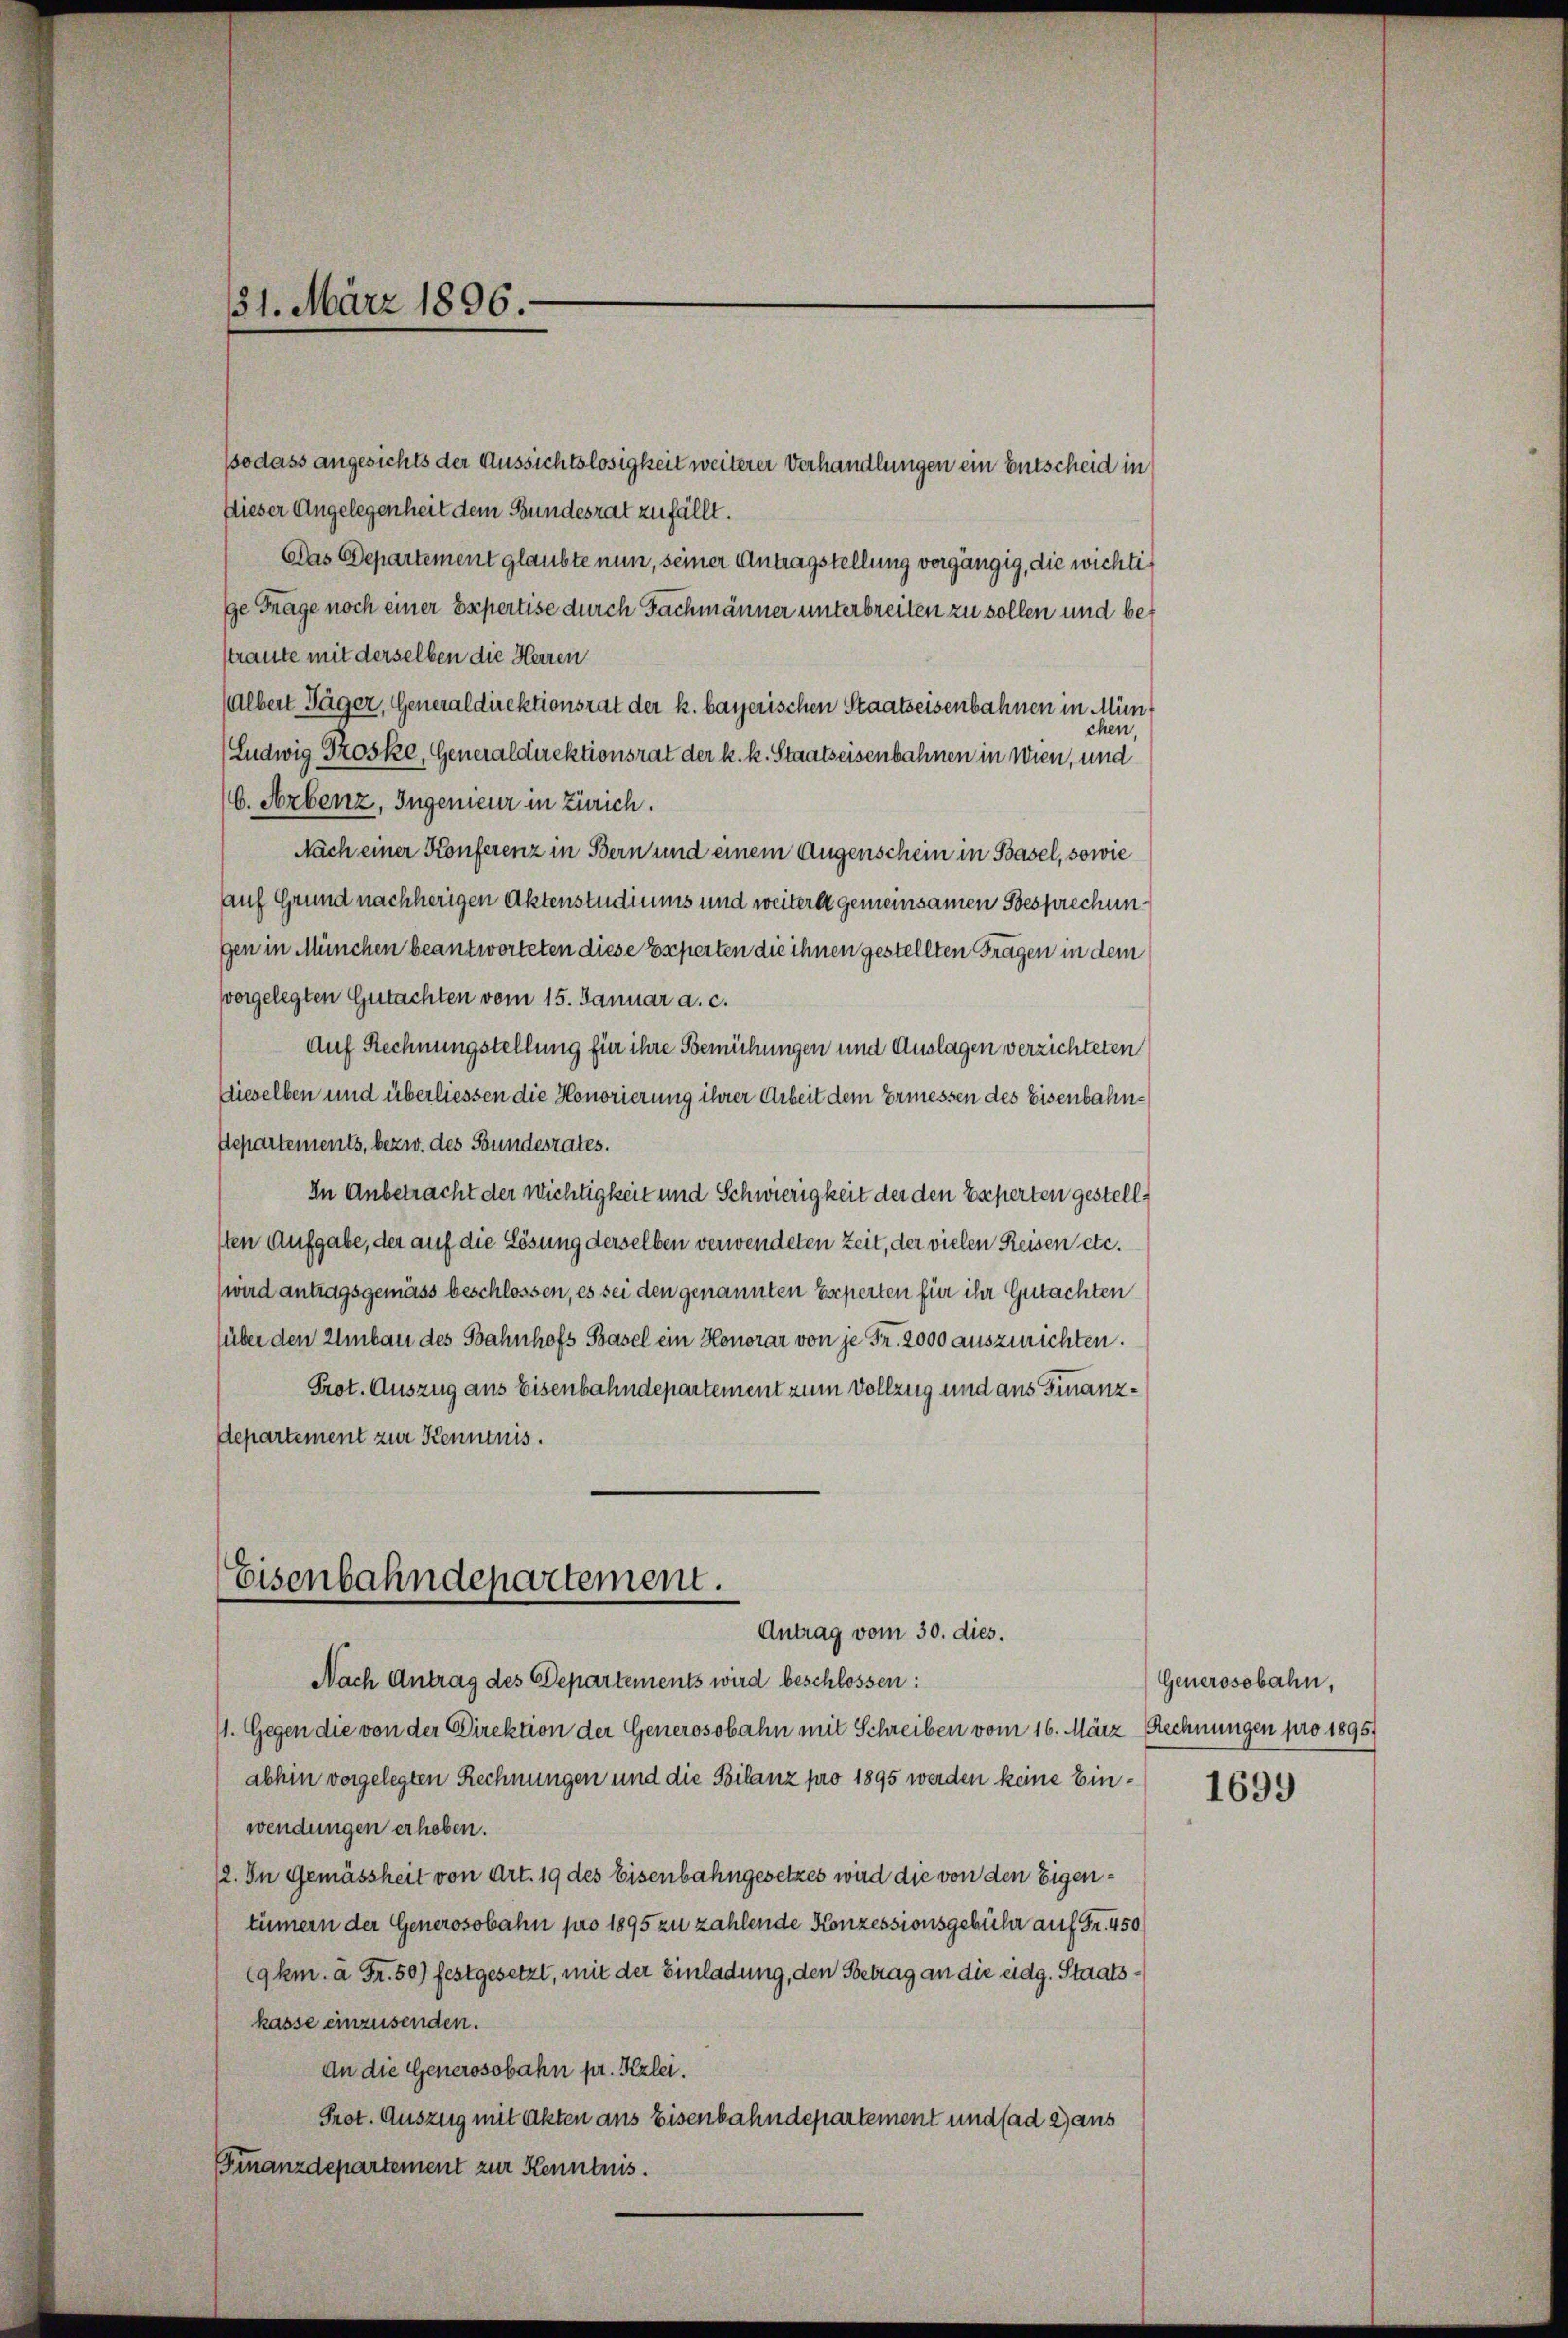
31. März 1896.

sodass angesichts der Aussichtslosigkeit weiterer Verhandlungen ein Entscheid in
Dieser Angelegenheit dem Bundesrat zufällt.
Das Departement glaubte nun, seiner Antragstellung vorgängig, die wichtige Frage noch einer Expertise durch Fachmänner unterbreiten zu sollen und bestraute mit derselben die Herren
Albert Jäger, Generaldirektionsrat der k. bayerischen Staatseisenbahnen in München,
(Ludwig Troske, Generaldirektionsrat der k. k. Staatseisenbahnen in Wien, und
C. Arbenz, Ingenieur in Zürich.
Nach einer Konferenz in Bern und einem Augenschein in Basel, sowie
auf Grund nachherigen Aktenstudiums und weiteret gemeinsamen Besprechungen in München beantworteten diese Experten die ihnen gestellten Fragen in dem
vorgelegten Gutachten vom 15. Januar a. c.
Auf Rechnungstellung für ihre Bemühungen und Auslagen verzichteten
dieselben und überliessen die Honorierung ihrer Arbeit dem Ermessen des Eisenbahn¬
Separtements, bezw. des Bundesrates.
In Anbetracht der Wichtigkeit und Schwierigkeit der den Experten gestellsten Aufgabe, der auf die Lösung derselben verwendeten Zeit, der vielen Reisen etc.
(wird antragsgemäss beschlossen, es sei den genannten Experten für ihr Gutachten
über den Umbau des Bahnhofs Basel ein Honorar von je Fr. 2000 auszurichten.
Prot. Auszug aus Eisenbahndepartement zum Vollzug und aus Finanzdepartement zur Kenntnis.

Eisenbahndepartement.
Antrag vom 30. dies.

Nach Antrag des Departements wird beschlossen:
11. Gegen die von der Direktion der Generosobahn mit Schreiben vom 16. März Rechnungen pro 1895.
abhin vorgelegten Rechnungen und die Bilanz pro 1895 werden keine Einwendungen erheben.
12. In Gemässheit von Art. 19 des Eisenbahngesetzes wird die von den Eigentümern der Generosobahn pro 1895 zu zahlende Konzessionsgebühr auf Fr. 450
9km. à Fr. 50) festgesetzt, mit der Einladung, den Betrag an die eidg. Staatskasse einzusenden.
An die Generosobahn pr. Kzlei.
Prot. Auszug mit Akten aus Eisenbahndepartement und (ad 2 aus
Finanzdepartement zur Kenntnis.

Generosebahn,

1699